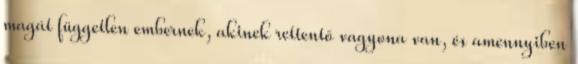
magát független embernek, akinek rettentő vagyona van, és amennyiben